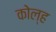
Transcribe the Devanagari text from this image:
कोल्ह